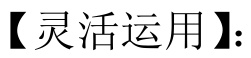
【灵活运用】：